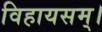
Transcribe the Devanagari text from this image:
विहायसम्।